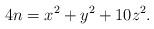
LaTeX: \begin{align*} 4n=x^2+y^2+10z^2.\end{align*}